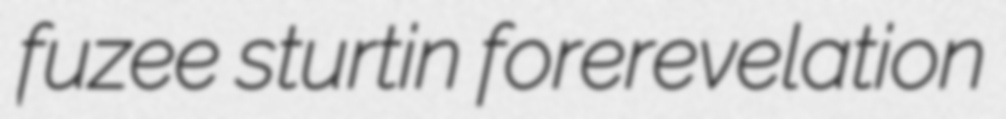
fuzee sturtin forerevelation